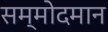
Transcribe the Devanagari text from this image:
सम्मोदमान